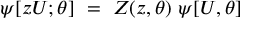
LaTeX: \psi [ z U ; \theta ] ~ = ~ { \cal Z } ( z , \theta ) ~ \psi [ U , \theta ]